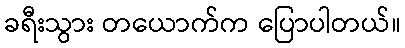
ခရီးသွား တယောက်က ပြောပါတယ်။